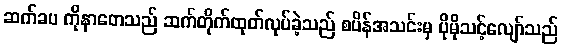
ဆက်ခပ ကိုနာတေသည် ဆက်တိုက်ထုတ်လုပ်ခဲ့သည် စပိန်အသင်းမှ ပိုမိုသင့်လျော်သည်